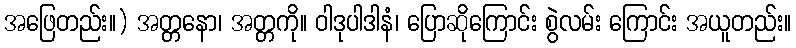
အဖြေတည်း။) အတ္တနော၊ အတ္တကို။ ဝါဒုပါဒါနံ၊ ပြောဆိုကြောင်း စွဲလမ်း ကြောင်း အယူတည်း။